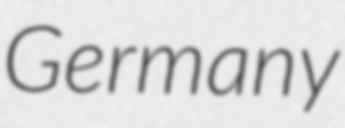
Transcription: Germany